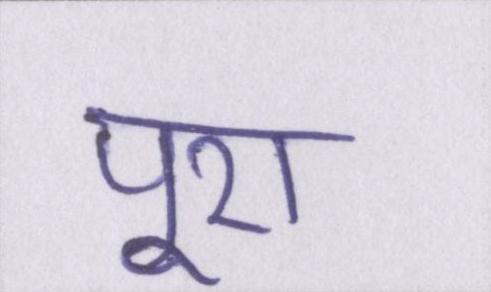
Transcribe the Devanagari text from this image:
पूरा